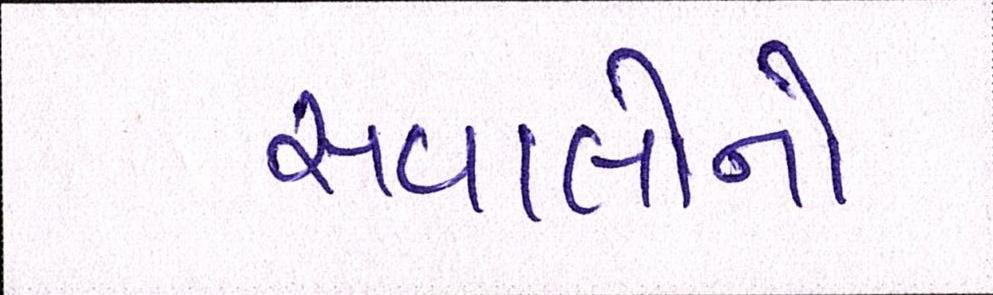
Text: સવાલોનો